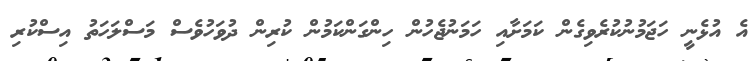
އެ އުޅެނީ ހަޖަމުނުކުރެވިގެން ކަމަށާއި ހަމަނުޖެހުން ހިންގަންކަމުން ކުރިން ދުވަހުވެސް މަސްލަހަތު އިސްކުރި